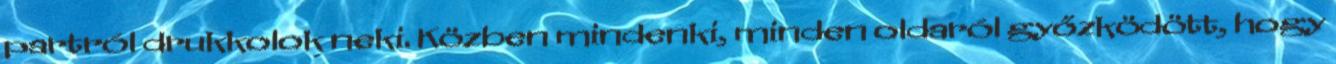
partról drukkolok neki. Közben mindenki, minden oldaról győzködött, hogy